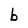
Character: b